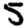
Digit: 5